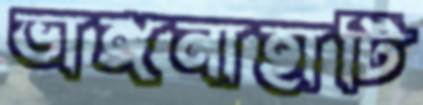
ভাঙ্গনাহাটি